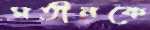
মতীনকে